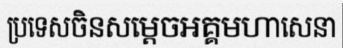
ប្រទេសចិនសម្តេចអគ្គមហាសេនា